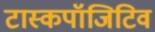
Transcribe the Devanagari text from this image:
टास्कपॉजिटिव